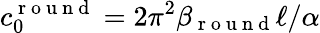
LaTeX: c_{0}^{\mathrm{~r~o~u~n~d~}}=2\pi^{2}\beta_{\mathrm{~r~o~u~n~d~}}\ell/\alpha